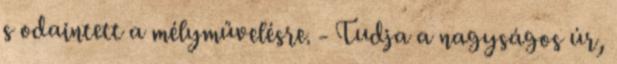
s odaintett a mélyművelésre. - Tudja a nagyságos úr,